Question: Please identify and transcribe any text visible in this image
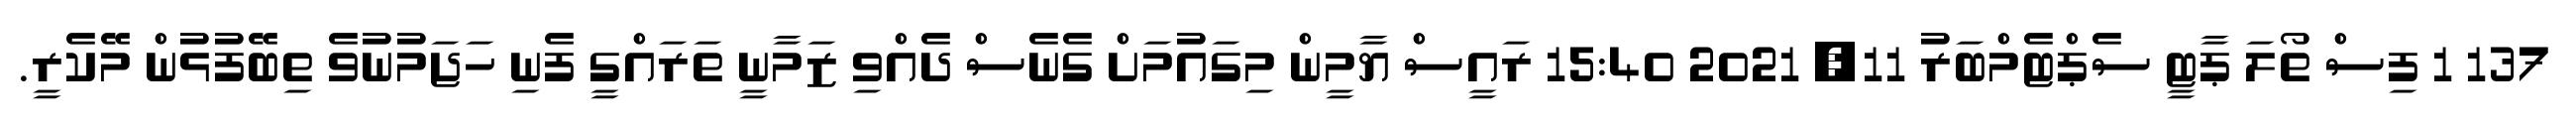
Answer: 137 1 ފިސް ތޯލަ ޕާޓީ ސެޕްޓެމްބަރު 11, 2021 15:40 ރައީސް ޔާމީން މިގައުމަށް ގެނެސް ދެއްވި ޒަމާނީ ތަރައްގީ ފެނި ހަޖަމުނުވެ ތިބޭފުޅުން މޭކެރީ.